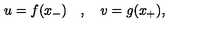
u = f ( x _ { - } ) \quad , \quad v = g ( x _ { + } ) ,